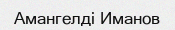
Амангелді Иманов